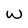
Character: W